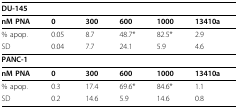
<table><thead><tr><td colspan="6"><b>DU-145</b></td></tr></thead><tbody><tr><td><b>nM PNA</b></td><td><b>0</b></td><td><b>300</b></td><td><b>600</b></td><td><b>1000</b></td><td><b>13410a</b></td></tr><tr><td>% apop.</td><td>0.05</td><td>8.7</td><td>48.7*</td><td>82.5*</td><td>2.9</td></tr><tr><td>SD</td><td>0.04</td><td>7.7</td><td>24.1</td><td>5.9</td><td>4.6</td></tr><tr><td colspan="6"><b>PANC-1</b></td></tr><tr><td><b>nM PNA</b></td><td><b>0</b></td><td><b>300</b></td><td><b>600</b></td><td><b>1000</b></td><td><b>13410a</b></td></tr><tr><td>% apop.</td><td>0.3</td><td>17.4</td><td>69.6*</td><td>84.6*</td><td>1.1</td></tr><tr><td>SD</td><td>0.2</td><td>14.6</td><td>5.9</td><td>14.6</td><td>0.8</td></tr></tbody></table>